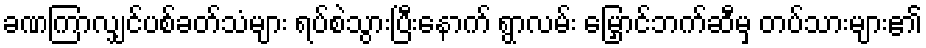
ခဏကြာလျှင်ပစ်ခတ်သံများ ရပ်စဲသွားပြီးနောက် ရွာလမ်း မြှောင်ဘက်ဆီမှ တပ်သားများ၏